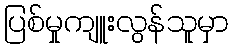
ပြစ်မှုကျူးလွန်သူမှာ